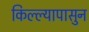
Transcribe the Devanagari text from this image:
किल्ल्यापासुन